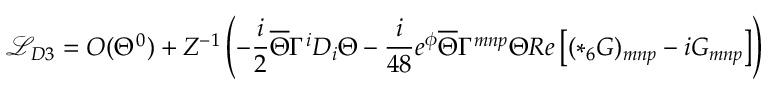
{ \mathcal L } _ { D 3 } = { \cal O } ( \Theta ^ { 0 } ) + Z ^ { - 1 } \left( - \frac { i } { 2 } \overline { { { \Theta } } } \Gamma ^ { i } D _ { i } \Theta - \frac { i } { 4 8 } e ^ { \phi } \overline { { { \Theta } } } \Gamma ^ { m n p } \Theta R e \left[ ( * _ { 6 } G ) _ { m n p } - i G _ { m n p } \right] \right)